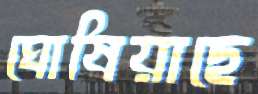
ঘোষিয়াছে